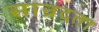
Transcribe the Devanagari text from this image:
सान्रदता